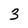
Character: 3